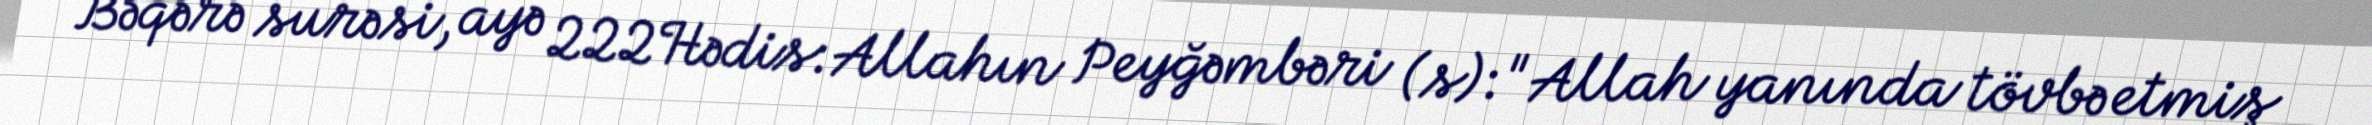
Bəqərə surəsi, ayə 222Hədis:Allahın Peyğəmbəri (s):"Allah yanında tövbə etmiş